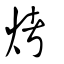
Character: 烤